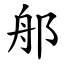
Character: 郍